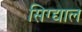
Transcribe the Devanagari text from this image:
सिग्द्याल